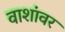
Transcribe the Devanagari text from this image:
वाशांवर